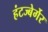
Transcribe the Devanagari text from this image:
हंटज्बेर्गेर